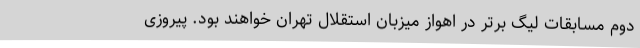
دوم مسابقات لیگ برتر در اهواز میزبان استقلال تهران خواهند بود. پیروزی